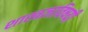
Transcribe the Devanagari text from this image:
शास्त्रज्ञाविषयी